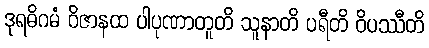
ဒုရဓိဂမံ ဝိဇာနထ ပါပုဏာတူတိ သူနာတိ ပရီတိ ဝိပဿီတိ